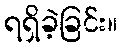
ရရှိခဲ့ခြင်း။